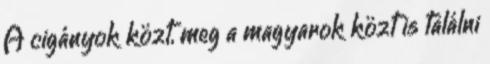
A cigányok közt, meg a magyarok közt is találni